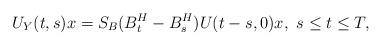
LaTeX: \begin{align*}U_Y(t,s)x=S_B(B^H_t-B^H_s)U(t-s,0)x,\ s\leq t\leq T,\end{align*}